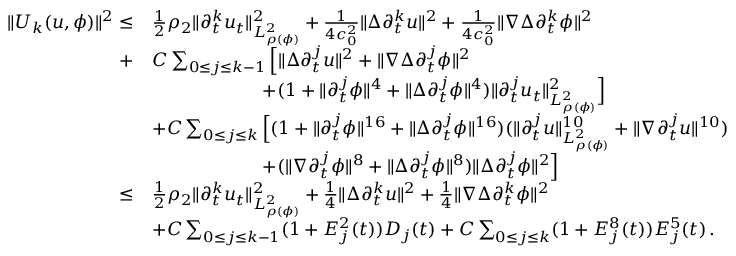
\begin{array} { r l } { \| U _ { k } ( u , \phi ) \| ^ { 2 } \leq } & { \frac { 1 } { 2 } \rho _ { 2 } \| \partial _ { t } ^ { k } u _ { t } \| _ { L _ { \rho ( \phi ) } ^ { 2 } } ^ { 2 } + \frac { 1 } { 4 c _ { 0 } ^ { 2 } } \| \Delta \partial _ { t } ^ { k } u \| ^ { 2 } + \frac { 1 } { 4 c _ { 0 } ^ { 2 } } \| \nabla \Delta \partial _ { t } ^ { k } \phi \| ^ { 2 } } \\ { + } & { C \sum _ { 0 \leq j \leq k - 1 } \Big [ \| \Delta \partial _ { t } ^ { j } u \| ^ { 2 } + \| \nabla \Delta \partial _ { t } ^ { j } \phi \| ^ { 2 } } \\ & { \qquad \qquad \qquad + ( 1 + \| \partial _ { t } ^ { j } \phi \| ^ { 4 } + \| \Delta \partial _ { t } ^ { j } \phi \| ^ { 4 } ) \| \partial _ { t } ^ { j } u _ { t } \| _ { L _ { \rho ( \phi ) } ^ { 2 } } ^ { 2 } \Big ] } \\ & { + C \sum _ { 0 \leq j \leq k } \Big [ ( 1 + \| \partial _ { t } ^ { j } \phi \| ^ { 1 6 } + \| \Delta \partial _ { t } ^ { j } \phi \| ^ { 1 6 } ) ( \| \partial _ { t } ^ { j } u \| _ { L _ { \rho ( \phi ) } ^ { 2 } } ^ { 1 0 } + \| \nabla \partial _ { t } ^ { j } u \| ^ { 1 0 } ) } \\ & { \qquad \qquad \qquad + ( \| \nabla \partial _ { t } ^ { j } \phi \| ^ { 8 } + \| \Delta \partial _ { t } ^ { j } \phi \| ^ { 8 } ) \| \Delta \partial _ { t } ^ { j } \phi \| ^ { 2 } \Big ] } \\ { \leq } & { \frac { 1 } { 2 } \rho _ { 2 } \| \partial _ { t } ^ { k } u _ { t } \| _ { L _ { \rho ( \phi ) } ^ { 2 } } ^ { 2 } + \frac { 1 } { 4 } \| \Delta \partial _ { t } ^ { k } u \| ^ { 2 } + \frac { 1 } { 4 } \| \nabla \Delta \partial _ { t } ^ { k } \phi \| ^ { 2 } } \\ & { + C \sum _ { 0 \leq j \leq k - 1 } ( 1 + E _ { j } ^ { 2 } ( t ) ) D _ { j } ( t ) + C \sum _ { 0 \leq j \leq k } ( 1 + E _ { j } ^ { 8 } ( t ) ) E _ { j } ^ { 5 } ( t ) \, . } \end{array}